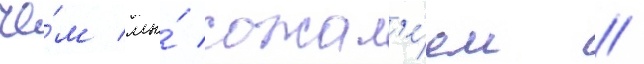
че́м мы́ сожал'е́ем /